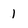
Character: 1